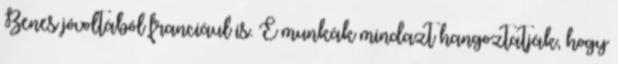
Benes jóvoltából franciául is. E munkák mindazt hangoztatják, hogy